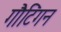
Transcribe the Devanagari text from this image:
गौटिंगन